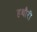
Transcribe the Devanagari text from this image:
हथौरी